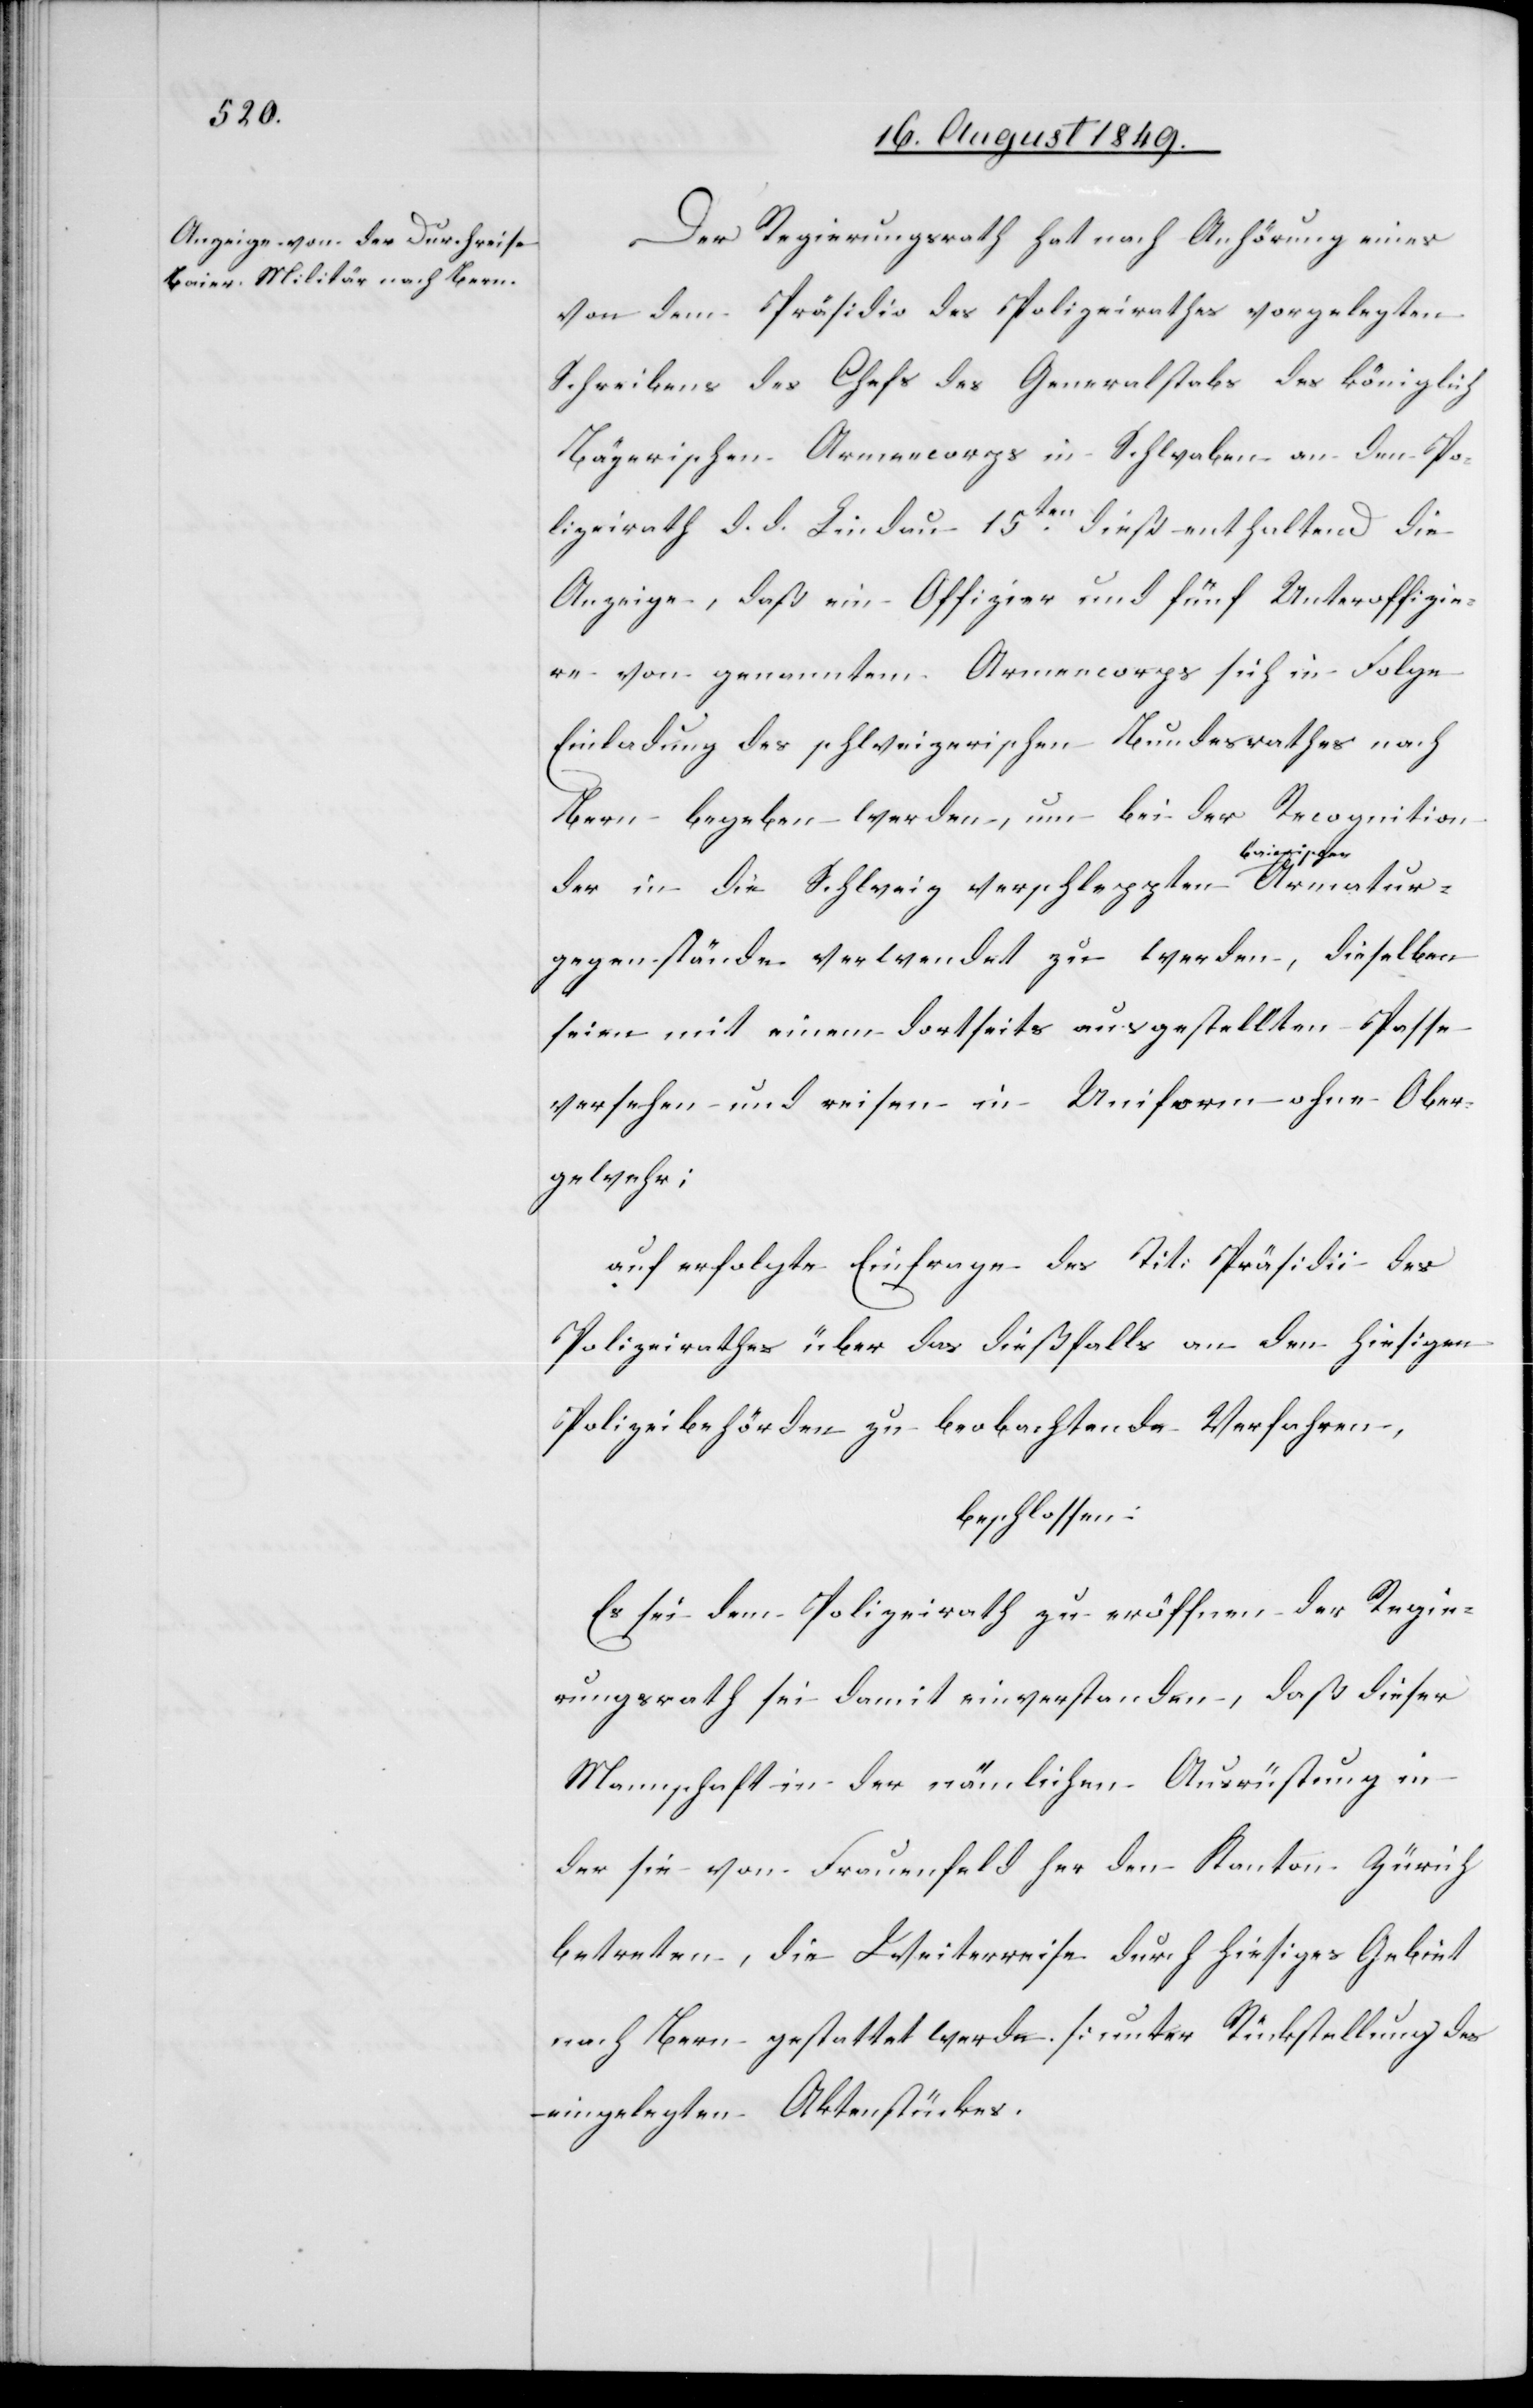
Der Regierungsrath hat nach Anhörung eines
von dem Präsidi des Polizeirathes vorgelegten
Schreibens des Chefs des Generalstabs des königlich
Bayerischen Armencorps in Schwaben an den Po¬
lizeirath d. d. Lindau 15ten dieß enthaltend die
Anzeige, daß ein Offizier und fünf Unteroffizie¬
re von genannten Armencorps sich in Folge
Einladung des schweizerischen Bundesrathes nach
Bern begeben werden, um bei der Recognition
chen-a Armatur¬
der in die Schweiz verschleppten a-baieris¬
gegenstände verwendet zu werden, dieselben
seien mit einem dortseits ausgestellten Passe
versehen und reisen in Uniform ohne Ober¬
gewehr;
auf erfolgte Einfrage des Tit: Präsidii des
Polizeirathes über das dießfalls an den hiesigen
Polizeibehörden zu beobachtende Verfahren,
beschlossen:
Es sei dem Polizeirath zu eröffnen der Regie¬
rungsrath sei damit einverstanden, daß dieser
Mannschaft in der nämlichen Ausrüstung in
der sie von Frauenfeld her den Kanton Zürich
betreten, die Weiterreise durch hiesiges Gebiet
nach Bern gestattet werde. [unter Rückstellung des
eingelegten Aktenstückes.[]]